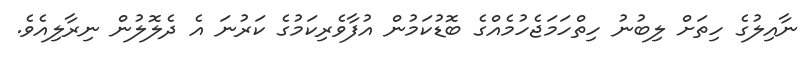
ނާއިލުގެ ހިތަށް ލިބުނު ހިތްހަމަޖެހުމެއްގެ ބޮޑުކަމުން އުފާވެރިކަމުގެ ކަރުނަ އެ ދެލޮލުން ނިރާލިއެވެ.